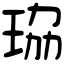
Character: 珕